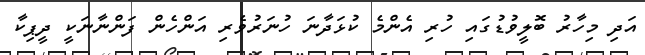
އަދި މިހާރު ބޮލީވުޑުގައި ހުރި އެންމެ ކުޅަދާނަ ހުނަރުވެރި އަންހެން ފަންނާނަކީ ދީޕިކާ